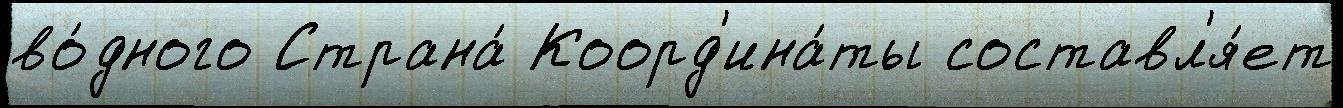
во́дного Страна́ Коорд'ина́ты составл'я́ет